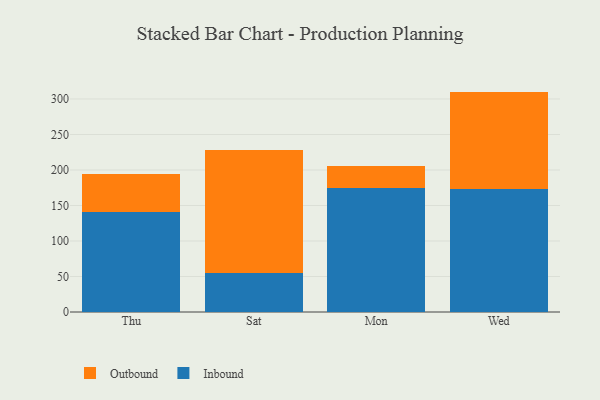
{"axis": {"x": "Day", "y": "Conversion Rate (%)"}, "legend": ["Inbound", "Outbound"], "data": [{"x": "Thu", "y": 141.1, "type": "Inbound"}, {"x": "Thu", "y": 52.7, "type": "Outbound"}, {"x": "Sat", "y": 55.1, "type": "Inbound"}, {"x": "Sat", "y": 173.5, "type": "Outbound"}, {"x": "Mon", "y": 174.6, "type": "Inbound"}, {"x": "Mon", "y": 31.7, "type": "Outbound"}, {"x": "Wed", "y": 173.6, "type": "Inbound"}, {"x": "Wed", "y": 136.8, "type": "Outbound"}]}